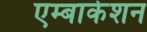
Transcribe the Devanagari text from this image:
एम्बार्केशन